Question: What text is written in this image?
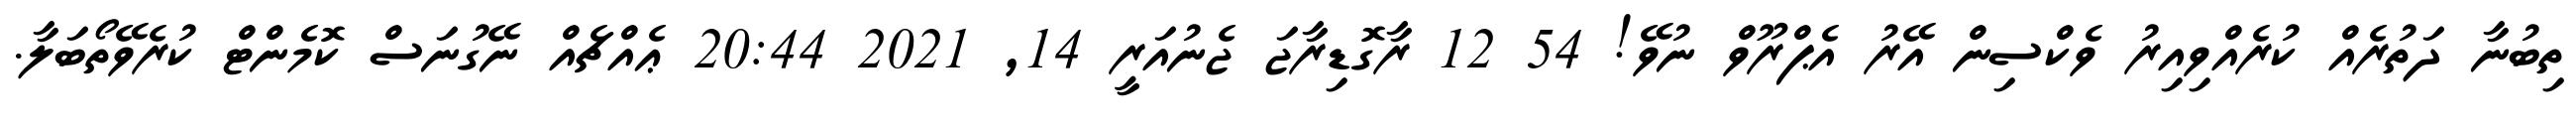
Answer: ތިބުނާ ދަތުރެއް ކުރެއްވިއިރު ވެކްސިން އޭރު އެޕްރޫވް ނުވޭ! 54 12 ރާގޮޑިރާޖަ ޖެނުއަރީ 14, 2021 20:44 ޢެއްޗެއް ނޭގުނަސް ކޮމެންޓް ކުރެވޭތޯބަލާ.